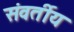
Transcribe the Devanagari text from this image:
संवर्तीय